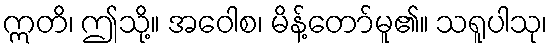
ဣတိ၊ ဤသို့။ အဝေါစ၊ မိန့်တော်မူ၏။ သရူပါသု၊